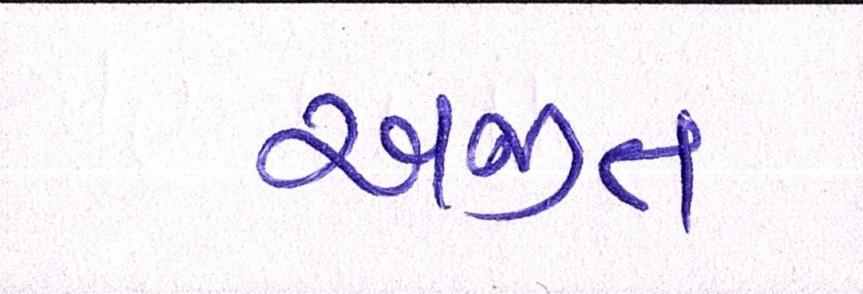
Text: અજીત